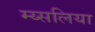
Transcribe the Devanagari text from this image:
म्य्सलिया